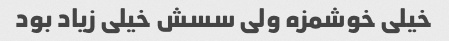
خیلی خوشمزه ولی سسش خیلی زیاد بود